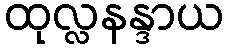
ထုလ္လနန္ဒာယ